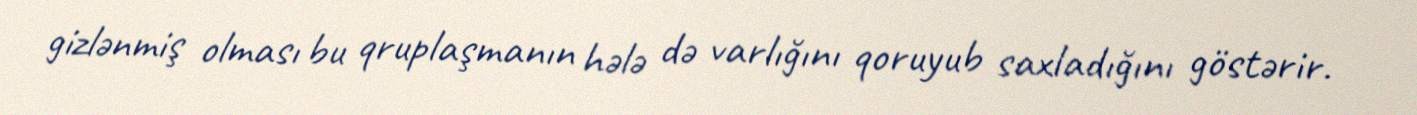
gizlənmiş olması bu qruplaşmanın hələ də varlığını qoruyub saxladığını göstərir.